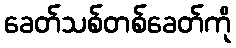
ခေတ်သစ်တစ်ခေတ်ကို